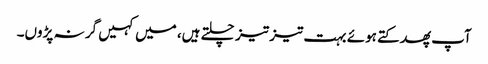
آپ پھدکتے ہوئے بہت تیز تیز چلتے ہیں، میں کہیں گر نہ پڑوں۔